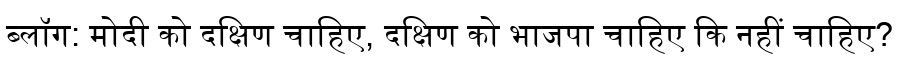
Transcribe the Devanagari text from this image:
ब्लॉग: मोदी को दक्षिण चाहिए, दक्षिण को भाजपा चाहिए कि नहीं चाहिए?